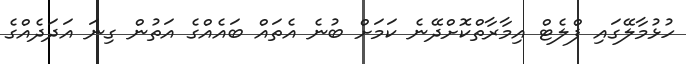
ހުޅުމާލޭގައި ފްލެޓް އިމާރާތްކޮށްދޭނެ ކަމަށް ބުނެ އެތައް ބައެއްގެ އަތުން ގިނަ އަދަދެއްގެ